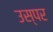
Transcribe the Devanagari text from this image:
उस्पर